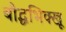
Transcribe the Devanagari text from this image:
बौद्धभिक्खू